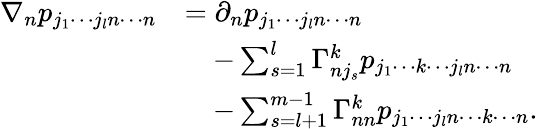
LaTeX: \begin{array}{rl}{\nabla_{n}p_{j_{1}\cdots j_{l}n\cdots n}}&{=\partial_{n}p_{j_{1}\cdots j_{l}n\cdots n}}\\ &{\quad-\sum_{s=1}^{l}\Gamma_{nj_{s}}^{k}p_{j_{1}\cdots k\cdots j_{l}n\cdots n}}\\ &{\quad-\sum_{s=l+1}^{m-1}\Gamma_{nn}^{k}p_{j_{1}\cdots j_{l}n\cdots k\cdots n}.}\end{array}